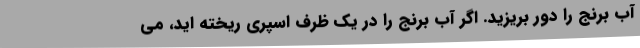
آب برنج را دور بریزید. اگر آب برنج را در یک ظرف اسپری ریخته اید، می